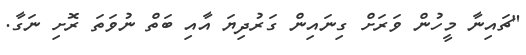
"ޗައިނާ މީހުން ވަރަށް ގިނައިން ގަރުދިޔަ އާއި ބަތް ނުވަތަ ރޮށި ނަގާ.